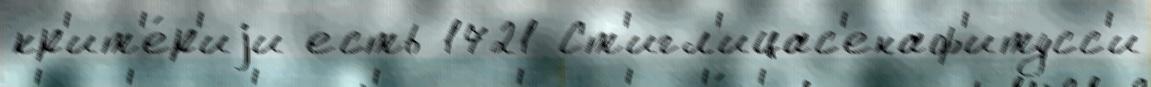
кр'ит'е́р'иjи есть 1721 Ст'игл'ицас'енаф'итусс'и